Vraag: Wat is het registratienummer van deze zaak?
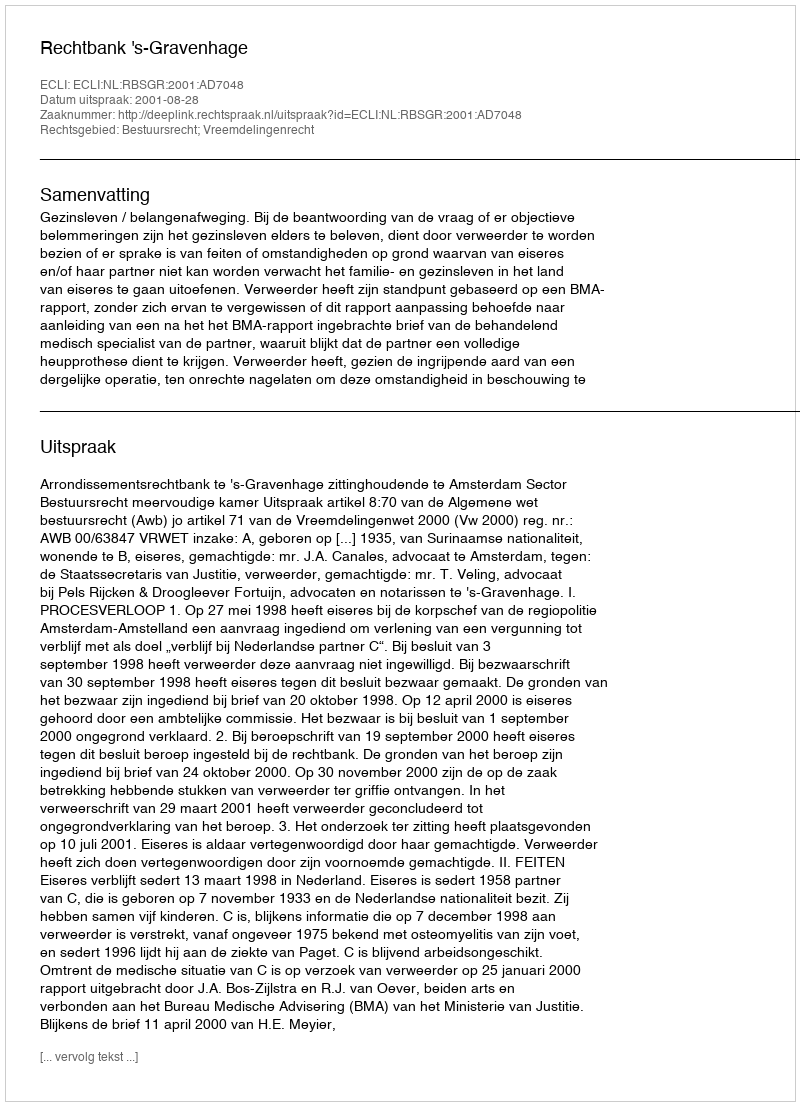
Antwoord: http://deeplink.rechtspraak.nl/uitspraak?id=ECLI:NL:RBSGR:2001:AD7048